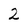
Character: 2